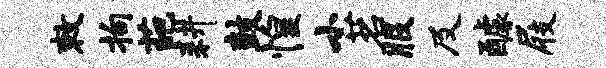
敕拘葩耕鼓惶小茗服及醵屐